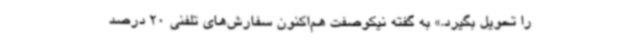
را تحویل بگیرد.» به گفته نیکوصفت هم‌اکنون سفارش‌های تلفنی 20 درصد